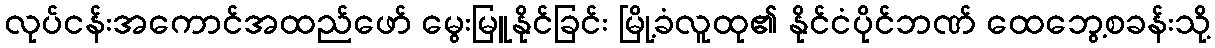
လုပ်ငန်းအကောင်အထည်ဖော် မွေးမြူနိုင်ခြင်း မြို့ခံလူထု၏ နိုင်ငံပိုင်ဘဏ် ထေဘွေ့စခန်းသို့